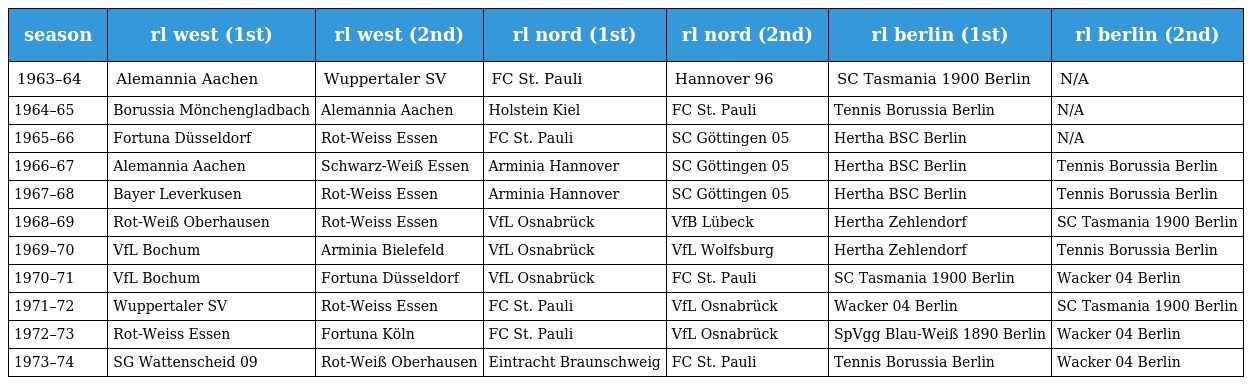
| season | rl west (1st) | rl west (2nd) | rl nord (1st) | rl nord (2nd) | rl berlin (1st) | rl berlin (2nd) |
 | --- | --- | --- | --- | --- | --- | --- |
 | 1963–64 | Alemannia Aachen | Wuppertaler SV | FC St. Pauli | Hannover 96 | SC Tasmania 1900 Berlin | N/A |
 | 1964–65 | Borussia Mönchengladbach | Alemannia Aachen | Holstein Kiel | FC St. Pauli | Tennis Borussia Berlin | N/A |
 | 1965–66 | Fortuna Düsseldorf | Rot-Weiss Essen | FC St. Pauli | SC Göttingen 05 | Hertha BSC Berlin | N/A |
 | 1966–67 | Alemannia Aachen | Schwarz-Weiß Essen | Arminia Hannover | SC Göttingen 05 | Hertha BSC Berlin | Tennis Borussia Berlin |
 | 1967–68 | Bayer Leverkusen | Rot-Weiss Essen | Arminia Hannover | SC Göttingen 05 | Hertha BSC Berlin | Tennis Borussia Berlin |
 | 1968–69 | Rot-Weiß Oberhausen | Rot-Weiss Essen | VfL Osnabrück | VfB Lübeck | Hertha Zehlendorf | SC Tasmania 1900 Berlin |
 | 1969–70 | VfL Bochum | Arminia Bielefeld | VfL Osnabrück | VfL Wolfsburg | Hertha Zehlendorf | Tennis Borussia Berlin |
 | 1970–71 | VfL Bochum | Fortuna Düsseldorf | VfL Osnabrück | FC St. Pauli | SC Tasmania 1900 Berlin | Wacker 04 Berlin |
 | 1971–72 | Wuppertaler SV | Rot-Weiss Essen | FC St. Pauli | VfL Osnabrück | Wacker 04 Berlin | SC Tasmania 1900 Berlin |
 | 1972–73 | Rot-Weiss Essen | Fortuna Köln | FC St. Pauli | VfL Osnabrück | SpVgg Blau-Weiß 1890 Berlin | Wacker 04 Berlin |
 | 1973–74 | SG Wattenscheid 09 | Rot-Weiß Oberhausen | Eintracht Braunschweig | FC St. Pauli | Tennis Borussia Berlin | Wacker 04 Berlin |